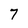
Character: 7